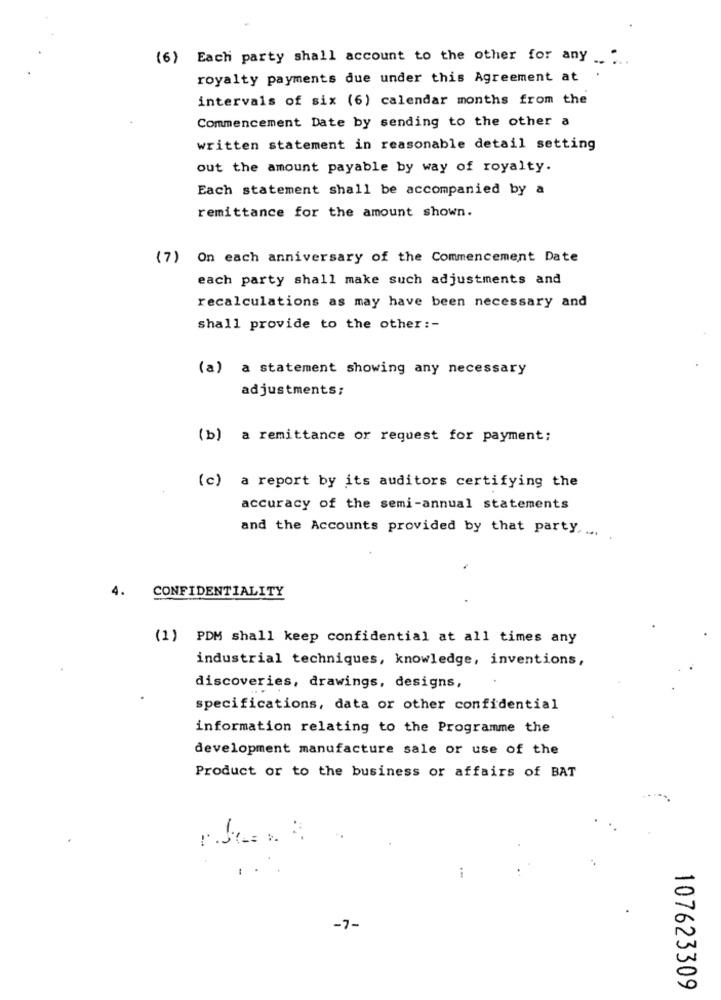
(6) Each party shall account to the other for any _
royalty payments due under this Agreement at
intervals of six (6) calendar months from the
Commencement Date by sending to the other a
written statement in reasonable detail setting
out the amount payable by way of royalty.
Each statement shall be accompanied by a
remittance for the amount shown.
(7) On each anniversary of the Commencement Date
each party shall make such adjustments and
recalculations as may have been necessary and
shall provide to the other :-
(a) a statement showing any necessary
adjustments;
(b) a remittance or request for payment;
(c) a report by its auditors certifying the
accuracy of the semi-annual statements
and the Accounts provided by that party ...
CONFIDENTIALITY
4.
(1) PDM shall keep confidential at all times any
industrial techniques, knowledge, inventions,
discoveries, drawings, designs,
specifications, data or other confidential
information relating to the Programme the
development manufacture sale or use of the
Product or to the business or affairs of BAT
r.Je= w.
i
-7-
107623309